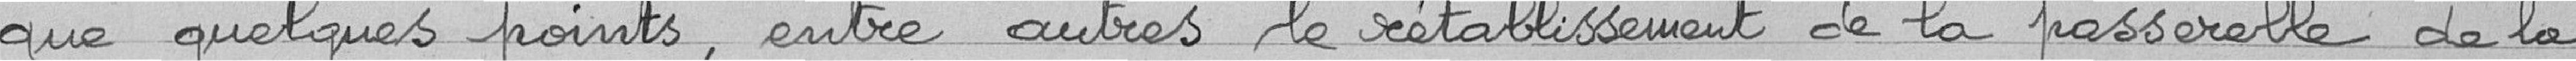
que quelques points, entre autres le rétablissement de la passerelle de la